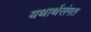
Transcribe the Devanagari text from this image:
यथार्थसंगत